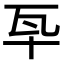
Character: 𤬧